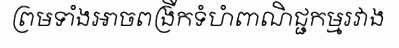
ព្រមទាំងអាចពង្រីកទំហំពាណិជ្ជកម្មរវាង